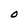
Character: O